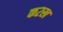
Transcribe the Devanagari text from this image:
क२ख